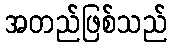
အတည်ဖြစ်သည်